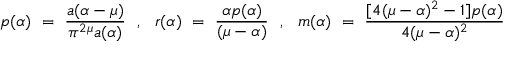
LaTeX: p ( \alpha ) ~ = ~ \frac { a ( \alpha - \mu ) } { \pi ^ { 2 \mu } a ( \alpha ) } ~ ~ , ~ ~ r ( \alpha ) ~ = ~ \frac { \alpha p ( \alpha ) } { ( \mu - \alpha ) } ~ ~ , ~ ~ m ( \alpha ) ~ = ~ \frac { [ 4 ( \mu - \alpha ) ^ { 2 } - 1 ] p ( \alpha ) } { 4 ( \mu - \alpha ) ^ { 2 } }